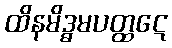
ထိနမိဒ္ဓမပတ္ထဋေ